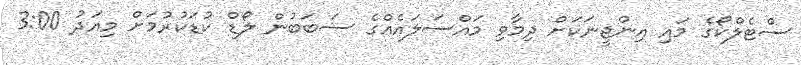
ސްޓެލްކޯގެ މައި އިންޖީނަކަށް ދިމާވި މައްސަލައެއްގެ ސަބަބުން ލޯޑް ކުޑަކުރުމަށް މިއަދު 3:00